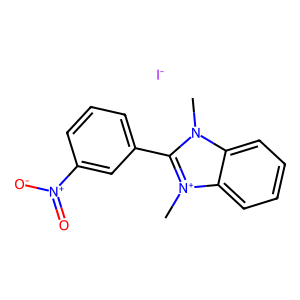
SMILES: Cn1c(-c2cccc([N+](=O)[O-])c2)[n+](C)c2ccccc21.[I-]
Inhibits HIV replication: No